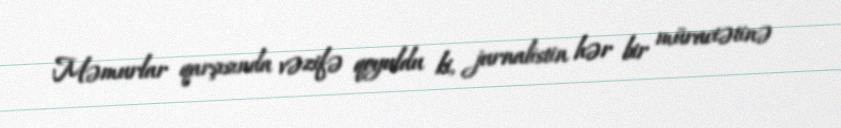
Məmurlar qarşısında vəzifə qoyuldu ki, jurnalistin hər bir müraciətinə